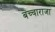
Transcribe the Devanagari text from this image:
बच्‍चाराजा